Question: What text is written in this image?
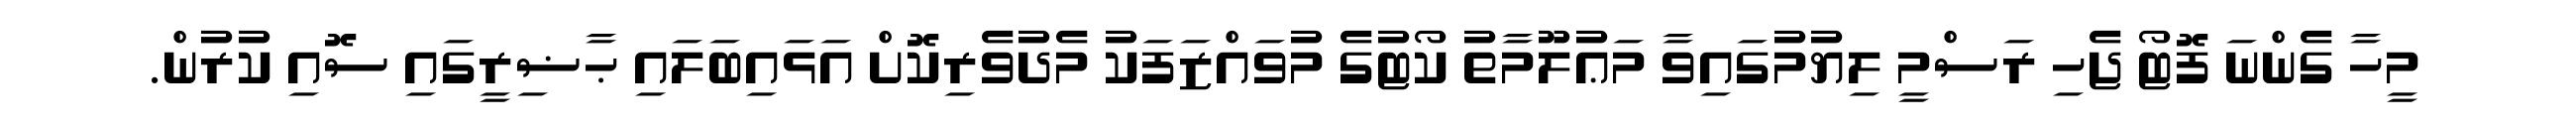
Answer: މީހާ ގެންނަ ފޮޓޯ ޖެހި ރަސްމީ ލިޔުމުގައިވާ މަޢުލޫމާތު ކޯޓުގެ މުވައްޒަފަކު މެދުވެރިކޮށް އަޅައިބަލައި ޙާޟިރީގައި ސޮއި ކުރުން.